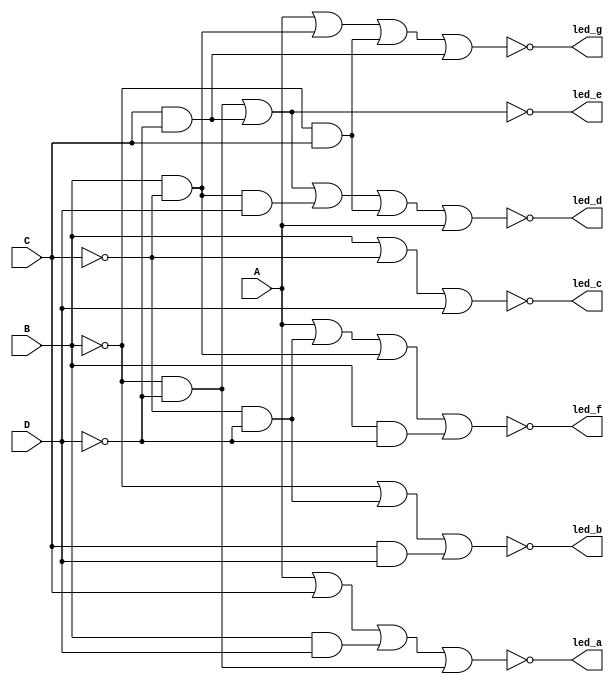
module sevenSegments (A, B, C, D, led_a, led_b, led_c,
                     led_d, led_e, led_f, led_g);
                     
	input A, B, C, D;
	output led_a, led_b, led_c, led_d, led_e, led_f, led_g;
	
	assign led_a = ~(A | C | B&D | ~B&~D);
	assign led_b = ~(~B | ~C&~D | C&D);
	assign led_c = ~(B | ~C | D);
	assign led_d = ~(~B&~D | C&~D | B&~C&D | ~B&C |A);
	assign led_e = ~(~B&~D | C&~D);
	assign led_f = ~(A | ~C&~D | B&~C | B&~D);
	assign led_g = ~(A | B&~C | ~B&C | C&~D);
	
endmodule